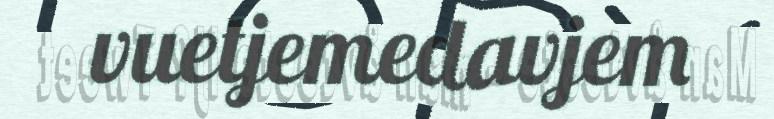
vuetjemedavjem